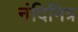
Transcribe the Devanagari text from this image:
नंदिमित्र